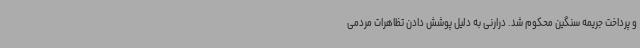
و پرداخت جریمه سنگین محکوم شد. درارنی به دلیل پوشش دادن تظاهرات مردمی